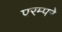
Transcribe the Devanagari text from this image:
परम्परे